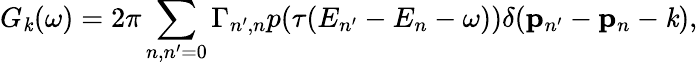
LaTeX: G_{\mathit{k}}(\omega)=2\pi\sum_{n,n^{\prime}=0}\Gamma_{n^{\prime},n}p(\tau(E_{n^{\prime}}-E_{n}-\omega))\delta(\mathbf{{p}}_{n^{\prime}}-\mathbf{{p}}_{n}-\mathbf{\mathit{k}}),